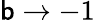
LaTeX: \mathsf{b}\rightarrow-1